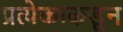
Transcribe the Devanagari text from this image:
प्रत्येकाकडून